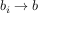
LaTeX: b _ { i } \to b